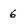
Character: 6